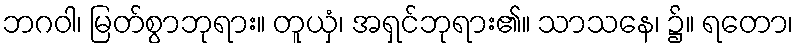
ဘဂဝါ၊ မြတ်စွာဘုရား။ တူယှံ၊ အရှင်ဘုရား၏။ သာသနေ၊ ၌။ ရတော၊